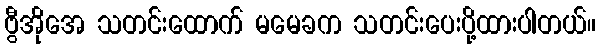
ဗွီအိုအေ သတင်းထောက် မမေခက သတင်းပေးပို့ထားပါတယ်။